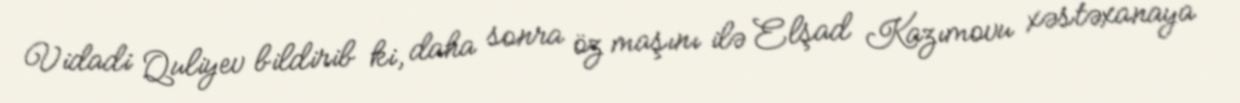
Vidadi Quliyev bildirib ki, daha sonra öz maşını ilə Elşad Kazımovu xəstəxanaya